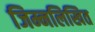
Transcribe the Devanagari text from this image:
जिम्नलिखित